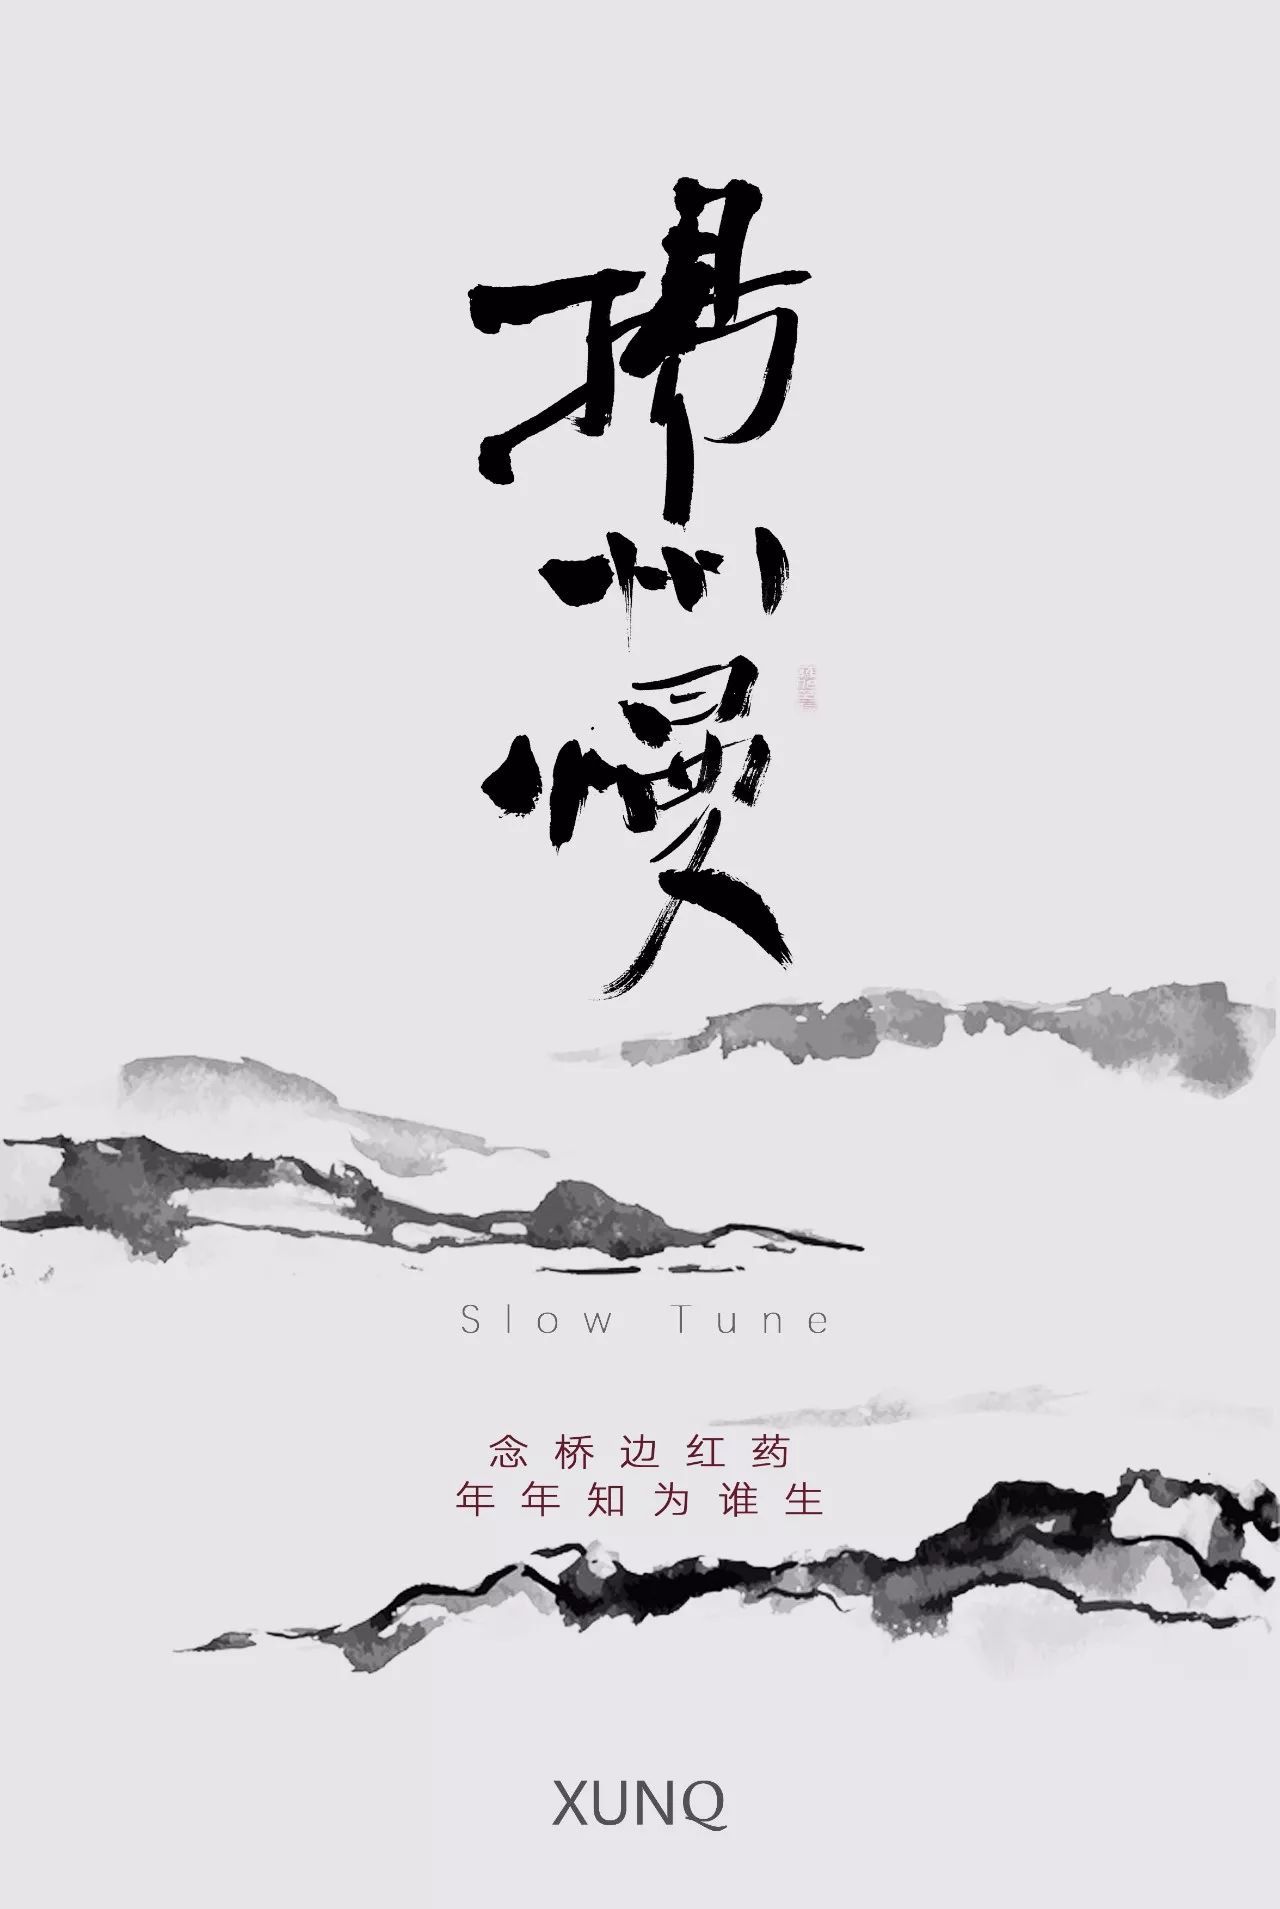
对酒当歌，强乐还无味。